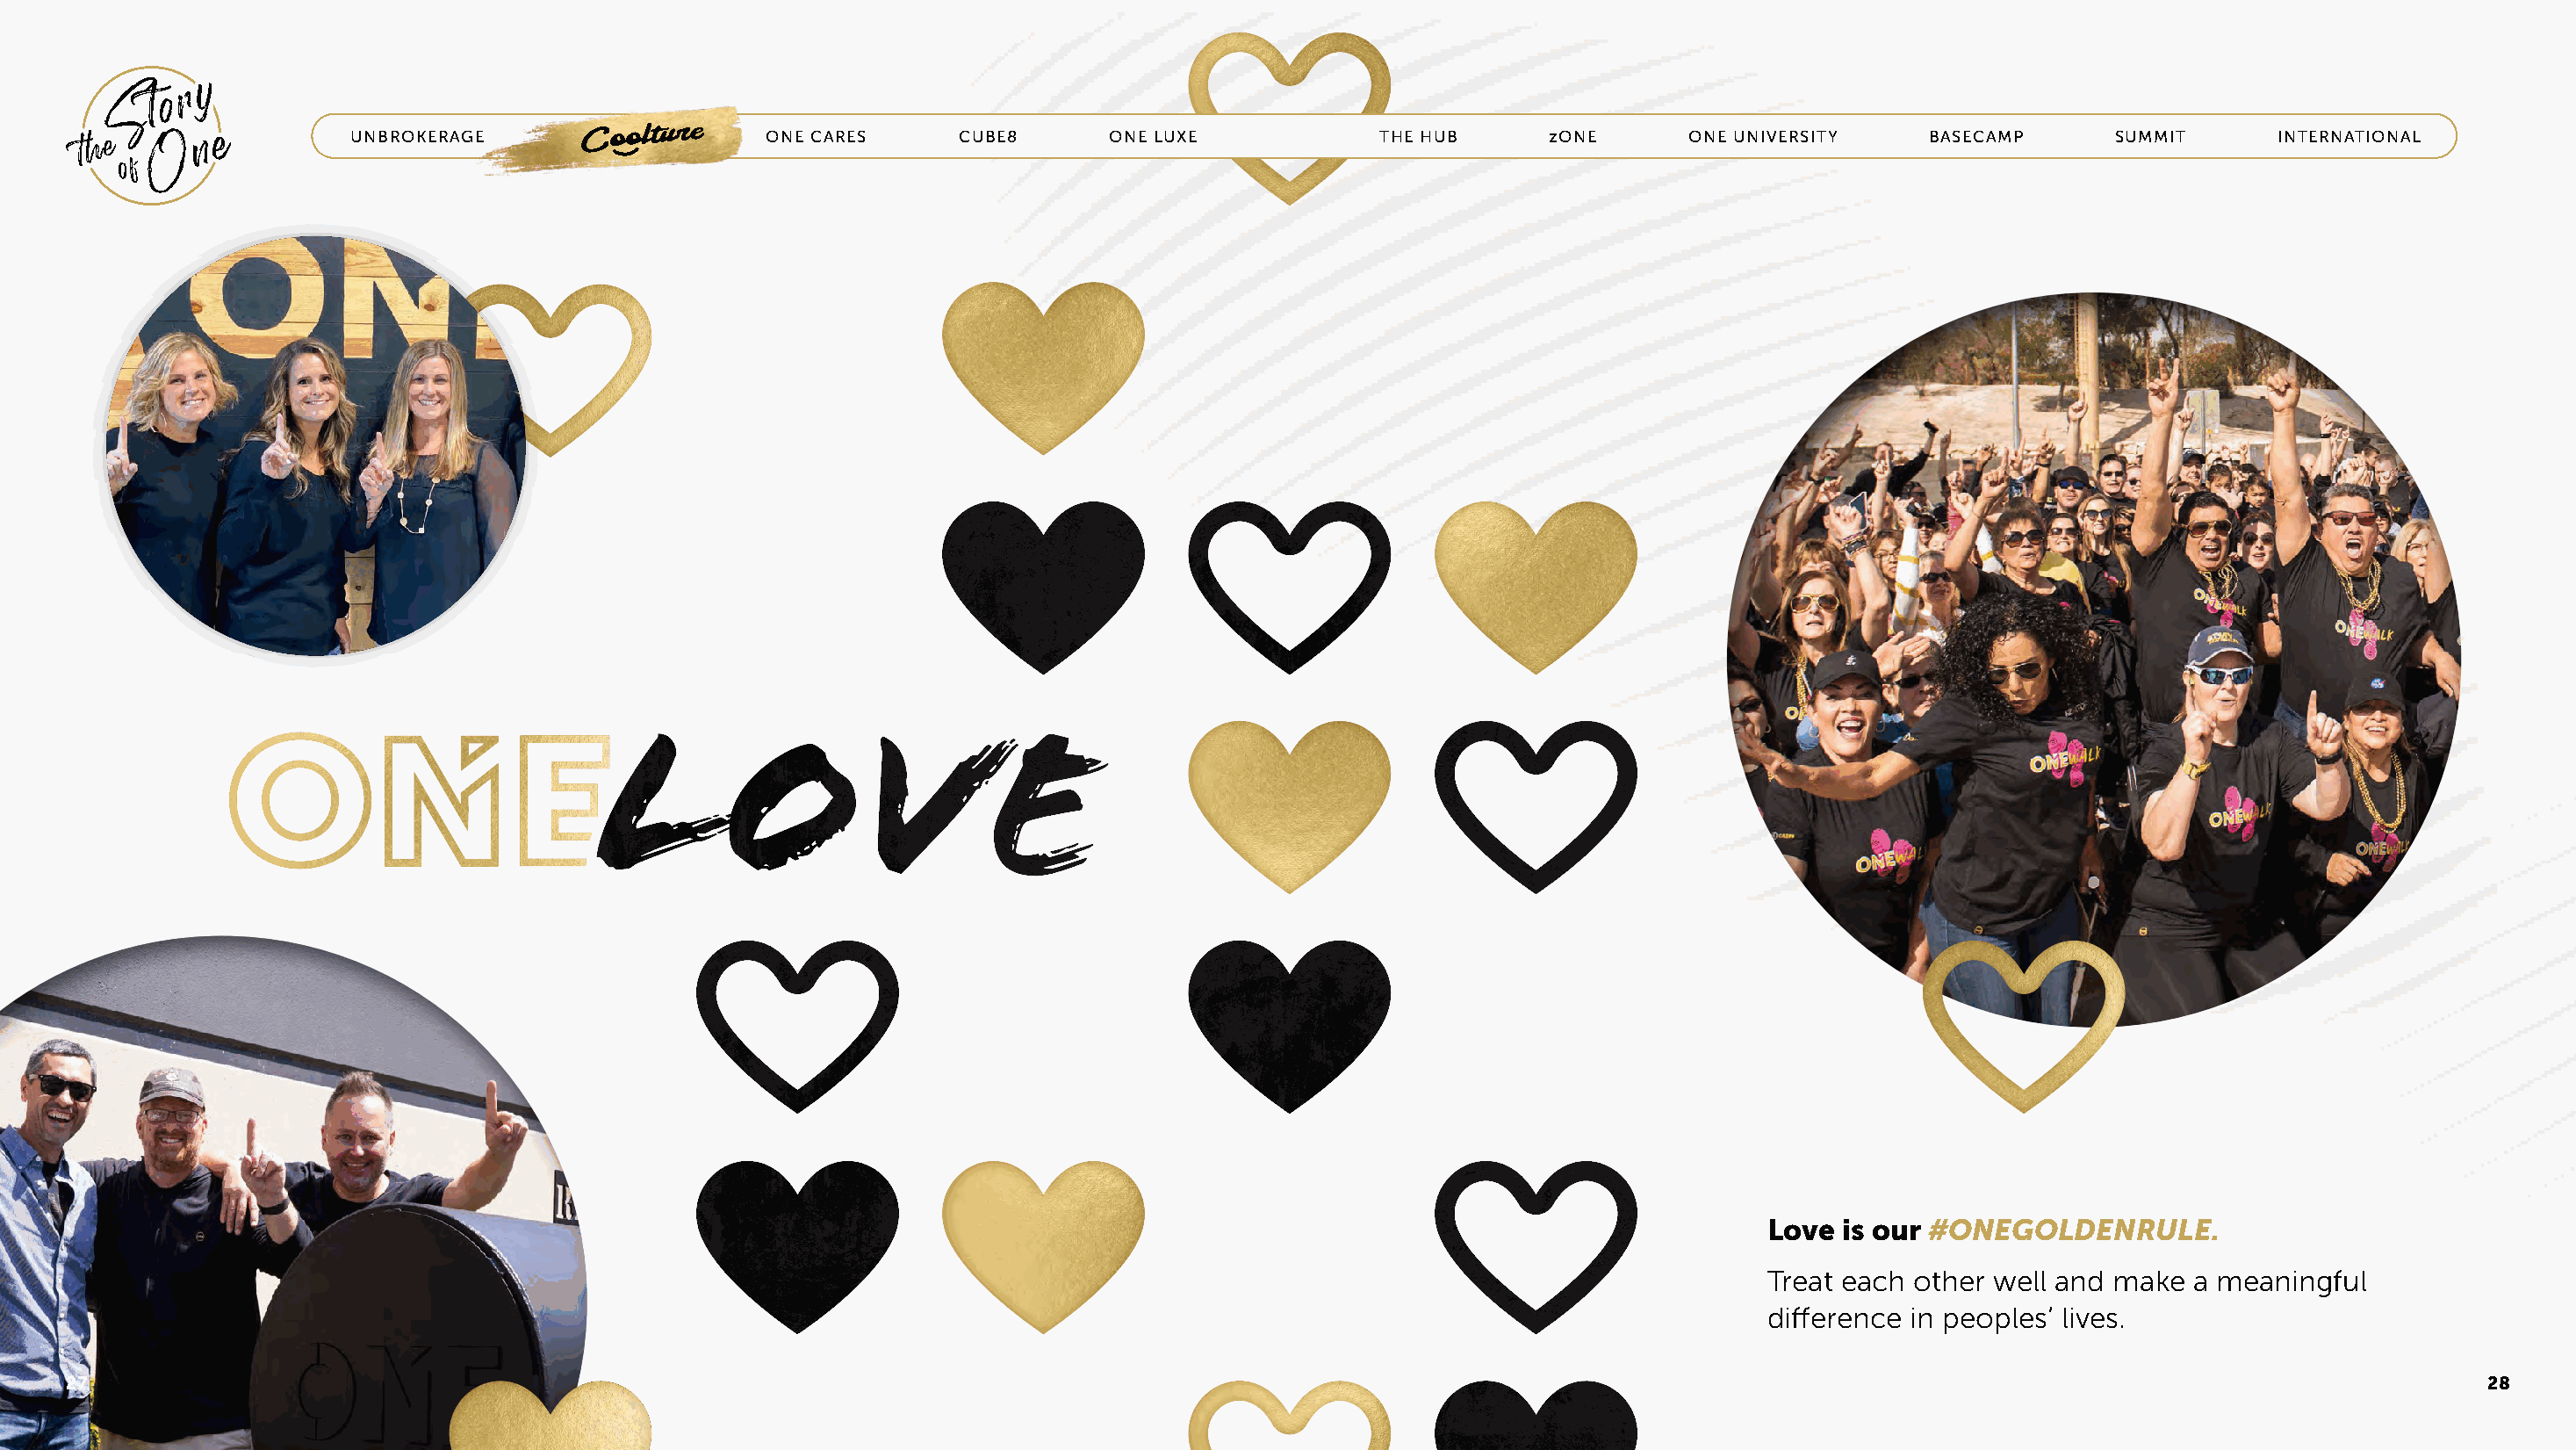
UNBROKERAGE      COOLTURE       ONE CARES     CUBE8       ONE LUXE            THE HUB      zONE      ONE UNIVERSITY    BASECAMP       SUMMIT      INTERNATIONAL
 Love  is our #ONEGOLDENRULE.
 Treat each other well and make  a meaningful
 difference in peoples’ lives.
 27                                                                                                                                                                                     28